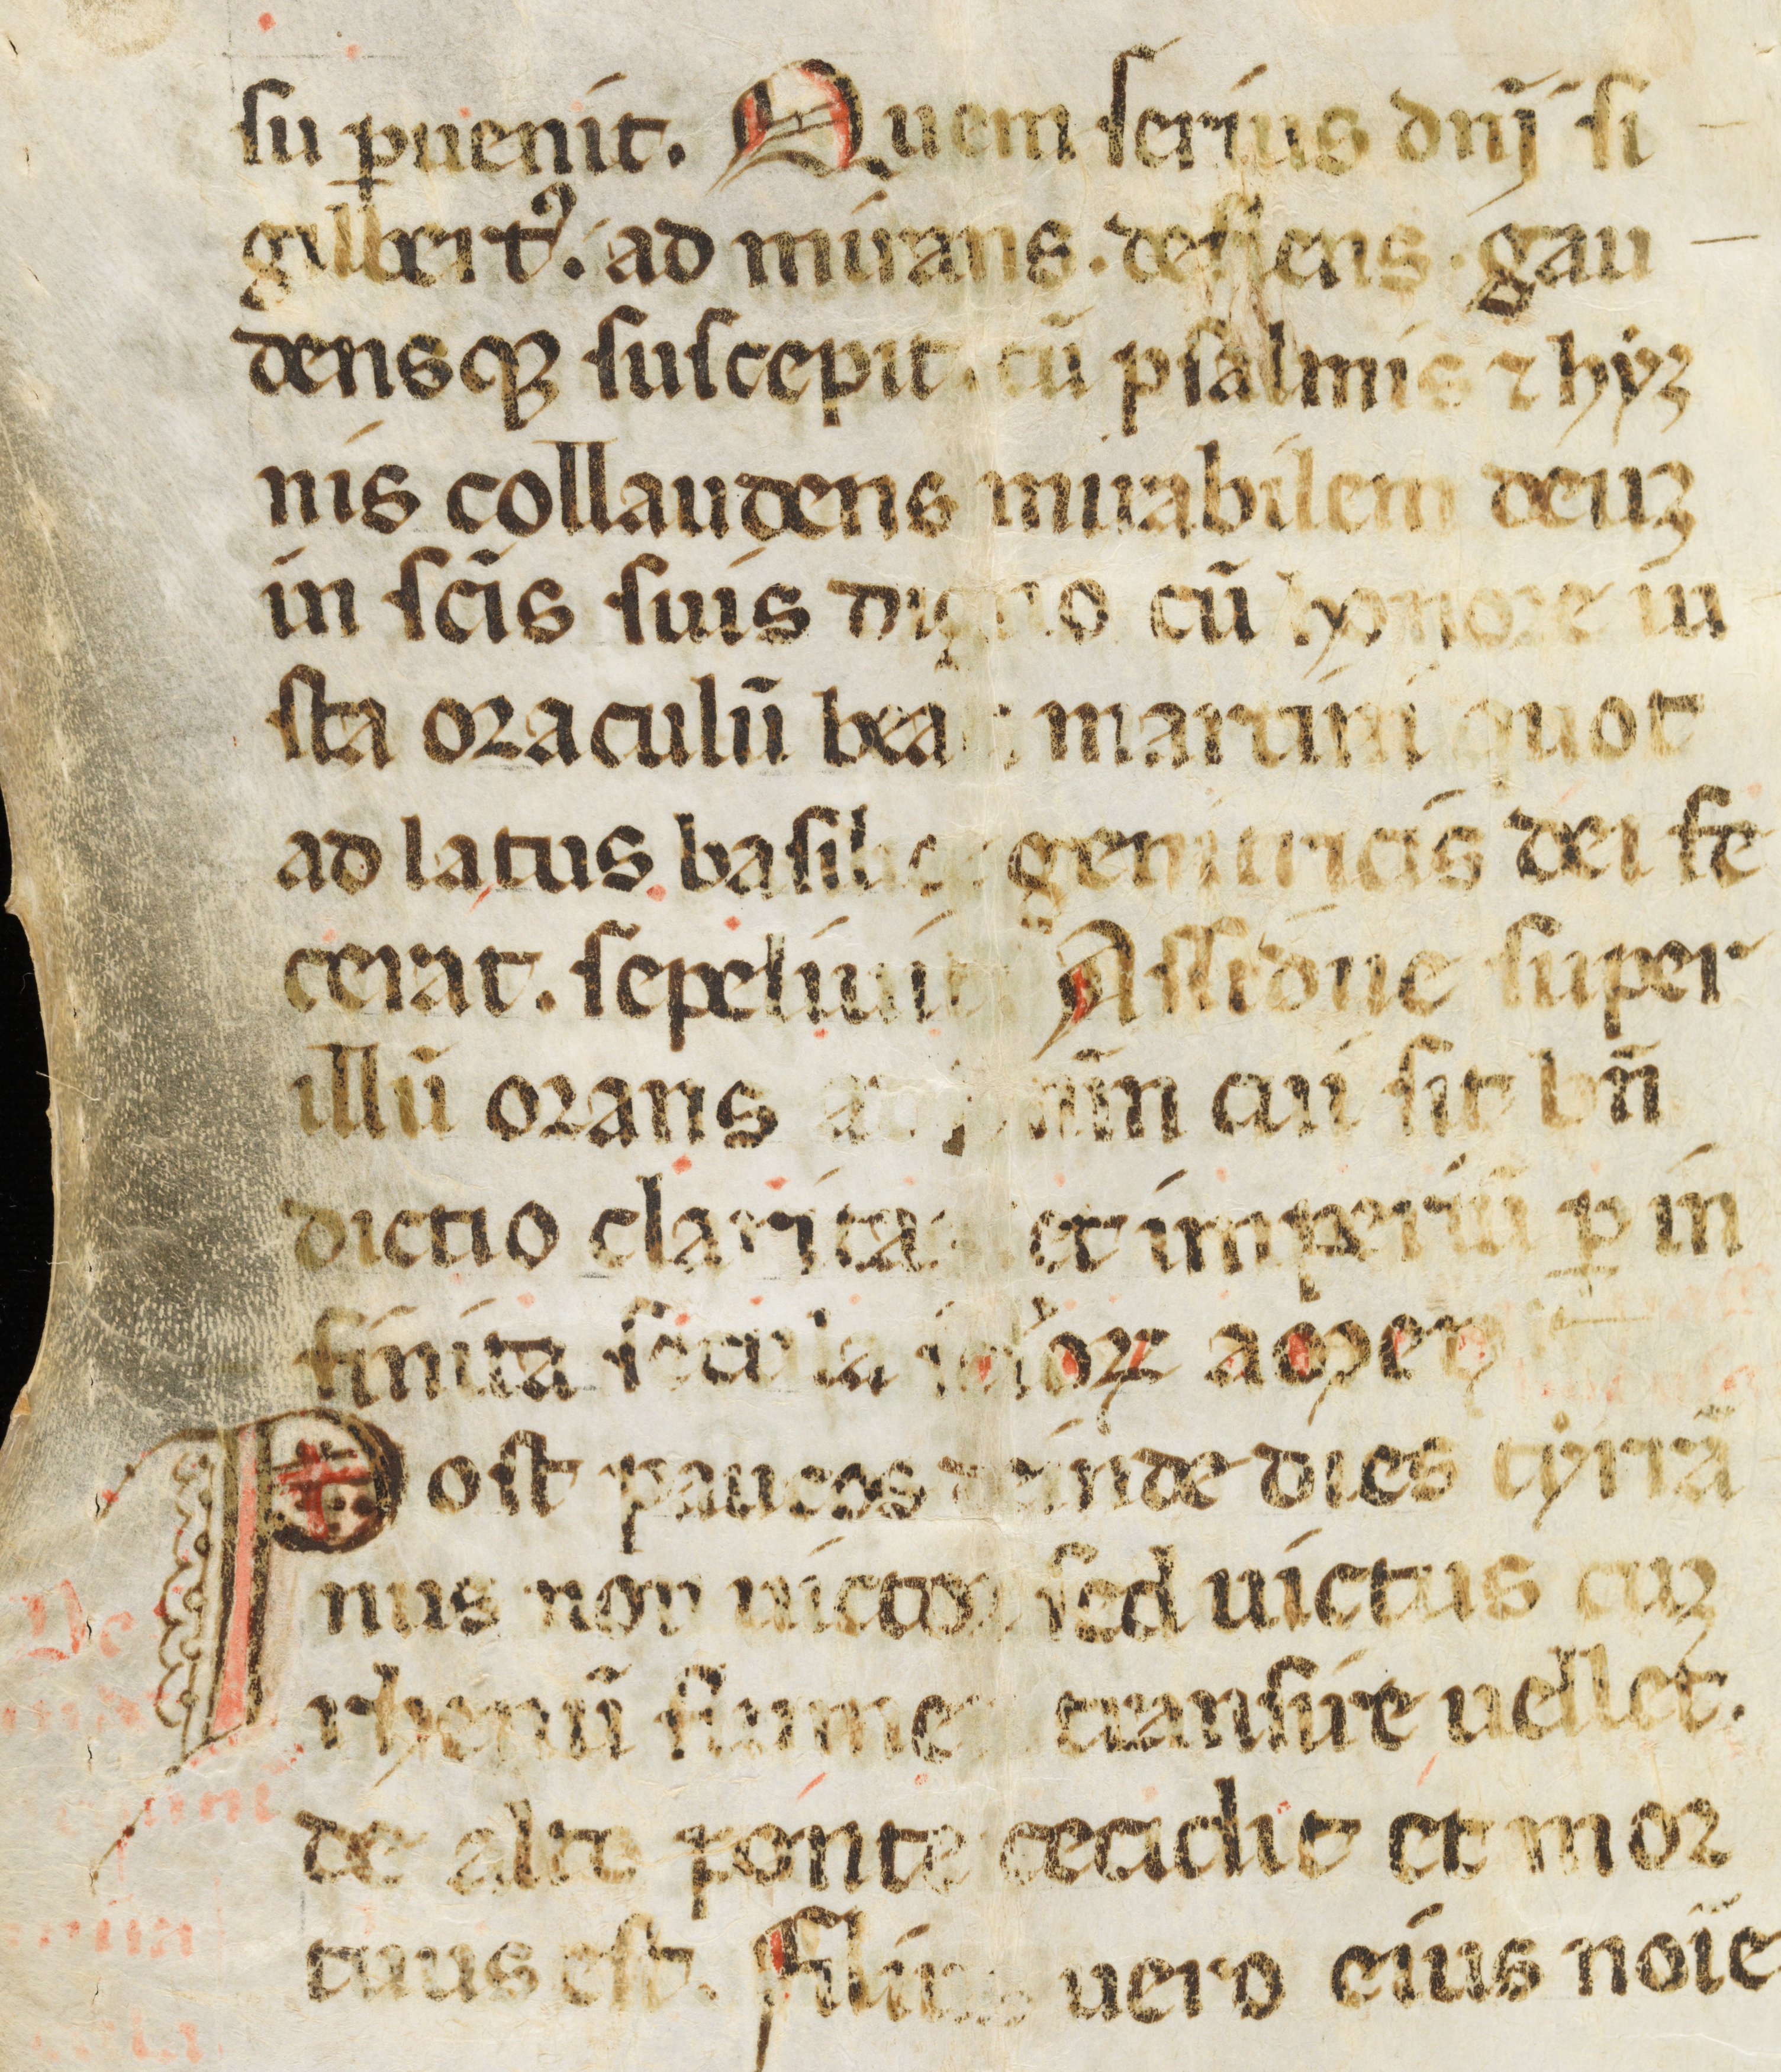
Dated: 1300–1399